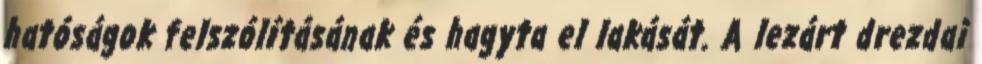
hatóságok felszólításának és hagyta el lakását. A lezárt drezdai